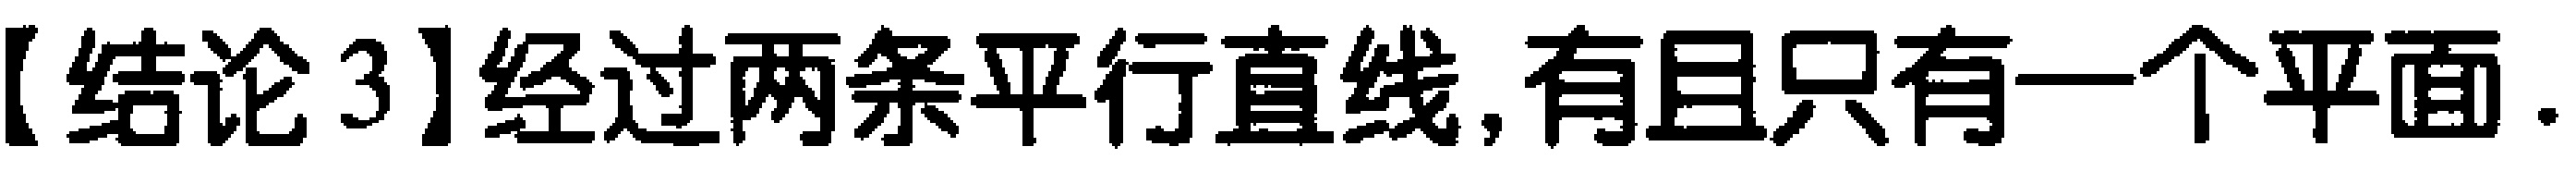
【结论3】经过两条平行直线,有且只有一个平面.